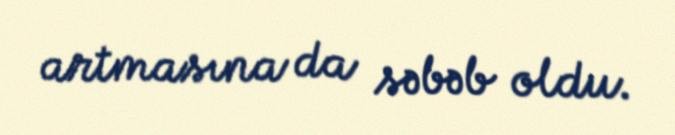
artmasına da səbəb oldu.